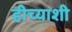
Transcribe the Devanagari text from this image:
हीच्याशी